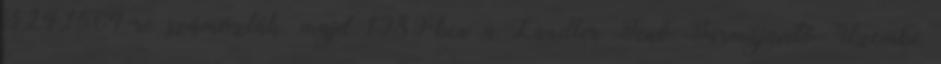
324,1564-re számozták, majd 1989-ben a Landler Jenő Járműjavító Üzembe